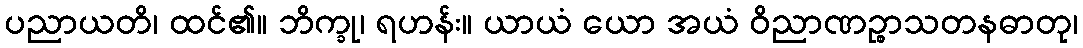
ပညာယတိ၊ ထင်၏။ ဘိက္ခု၊ ရဟန်း။ ယာယံ ယော အယံ ဝိညာဏဉ္စာသတနဓာတု၊